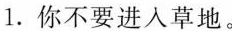
1. 你不要进人草地。